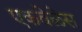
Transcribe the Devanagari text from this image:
एकवेळेस